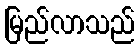
မြည်လာသည်